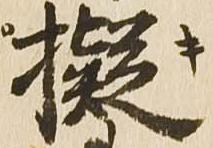
擬